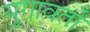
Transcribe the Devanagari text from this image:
युगावर्तो